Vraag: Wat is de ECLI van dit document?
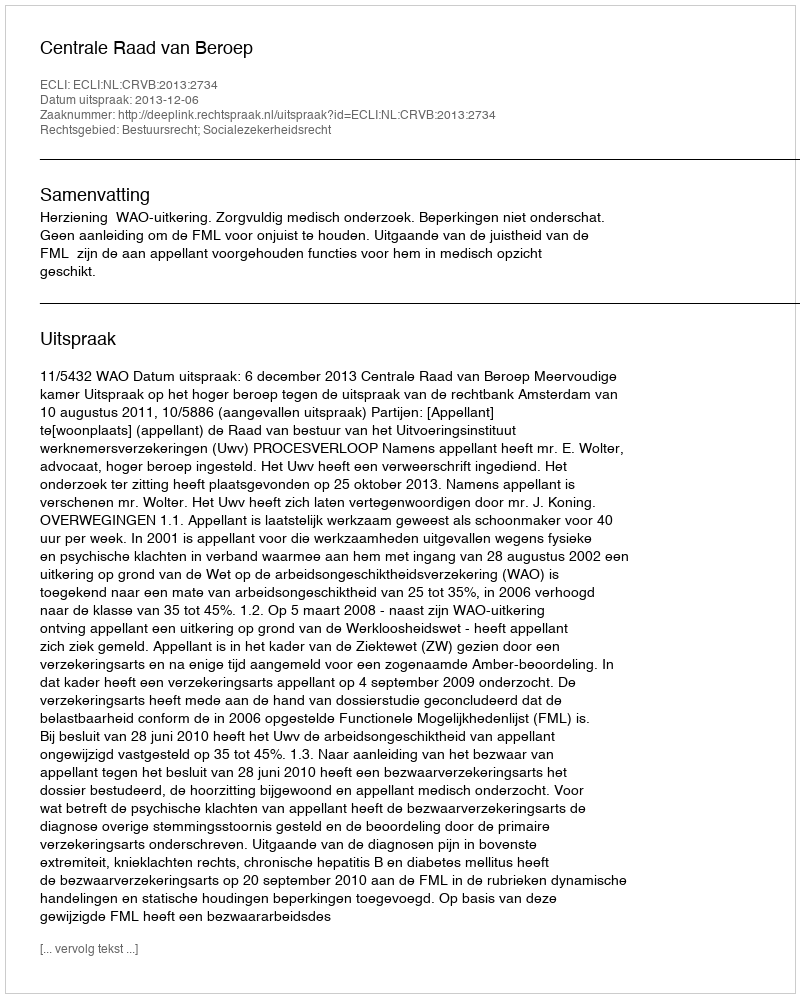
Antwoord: ECLI:NL:CRVB:2013:2734